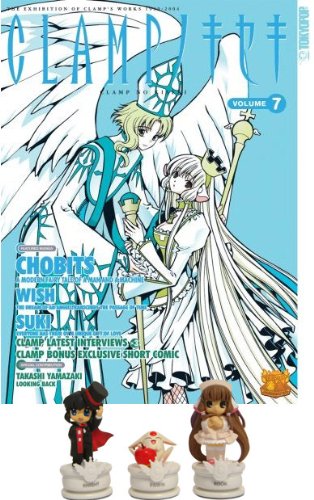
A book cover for The Clamp No Kiseki Magazine Collectible Vol. 07 with Figures Set; Crafts, Hobbies & Home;